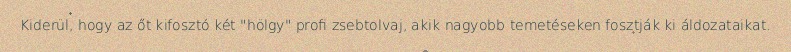
Kiderül, hogy az őt kifosztó két "hölgy" profi zsebtolvaj, akik nagyobb temetéseken fosztják ki áldozataikat.